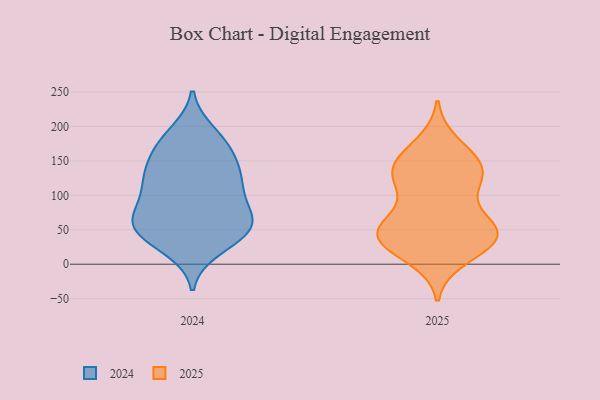
{"axis": {"x": "Customer Acquisition Cost (USD)", "y": "Value"}, "legend": ["2024", "2025"], "data": [{"x": "", "y": 178, "type": "2024"}, {"x": "", "y": 137, "type": "2024"}, {"x": "", "y": 114, "type": "2024"}, {"x": "", "y": 159, "type": "2024"}, {"x": "", "y": 147, "type": "2024"}, {"x": "", "y": 49, "type": "2024"}, {"x": "", "y": 112, "type": "2024"}, {"x": "", "y": 65, "type": "2024"}, {"x": "", "y": 190, "type": "2024"}, {"x": "", "y": 68, "type": "2024"}, {"x": "", "y": 40, "type": "2024"}, {"x": "", "y": 120, "type": "2024"}, {"x": "", "y": 177, "type": "2024"}, {"x": "", "y": 23, "type": "2024"}, {"x": "", "y": 59, "type": "2024"}, {"x": "", "y": 84, "type": "2024"}, {"x": "", "y": 120, "type": "2024"}, {"x": "", "y": 52, "type": "2024"}, {"x": "", "y": 69, "type": "2024"}, {"x": "", "y": 40, "type": "2024"}, {"x": "", "y": 28, "type": "2025"}, {"x": "", "y": 40, "type": "2025"}, {"x": "", "y": 133, "type": "2025"}, {"x": "", "y": 119, "type": "2025"}, {"x": "", "y": 48, "type": "2025"}, {"x": "", "y": 47, "type": "2025"}, {"x": "", "y": 48, "type": "2025"}, {"x": "", "y": 174, "type": "2025"}, {"x": "", "y": 28, "type": "2025"}, {"x": "", "y": 125, "type": "2025"}, {"x": "", "y": 51, "type": "2025"}, {"x": "", "y": 44, "type": "2025"}, {"x": "", "y": 156, "type": "2025"}, {"x": "", "y": 144, "type": "2025"}, {"x": "", "y": 65, "type": "2025"}, {"x": "", "y": 10, "type": "2025"}, {"x": "", "y": 111, "type": "2025"}, {"x": "", "y": 143, "type": "2025"}]}